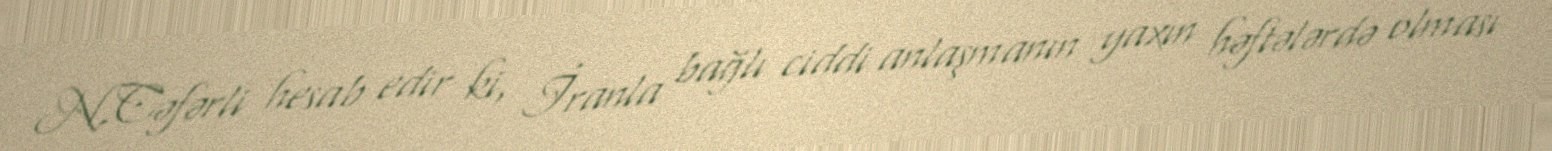
N.Cəfərli hesab edir ki, İranla bağlı ciddi anlaşmanın yaxın həftələrdə olması